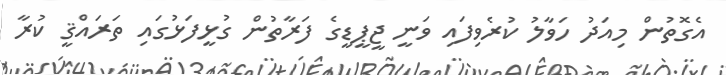
އެގޮތުން މިއަދު ހަވާލު ކުރެވިފައި ވަނީ ޖީޕީޑީގެ ފަރާތުން ގުޅީފަޅުގައި ތަރައްޤީ ކުރާ